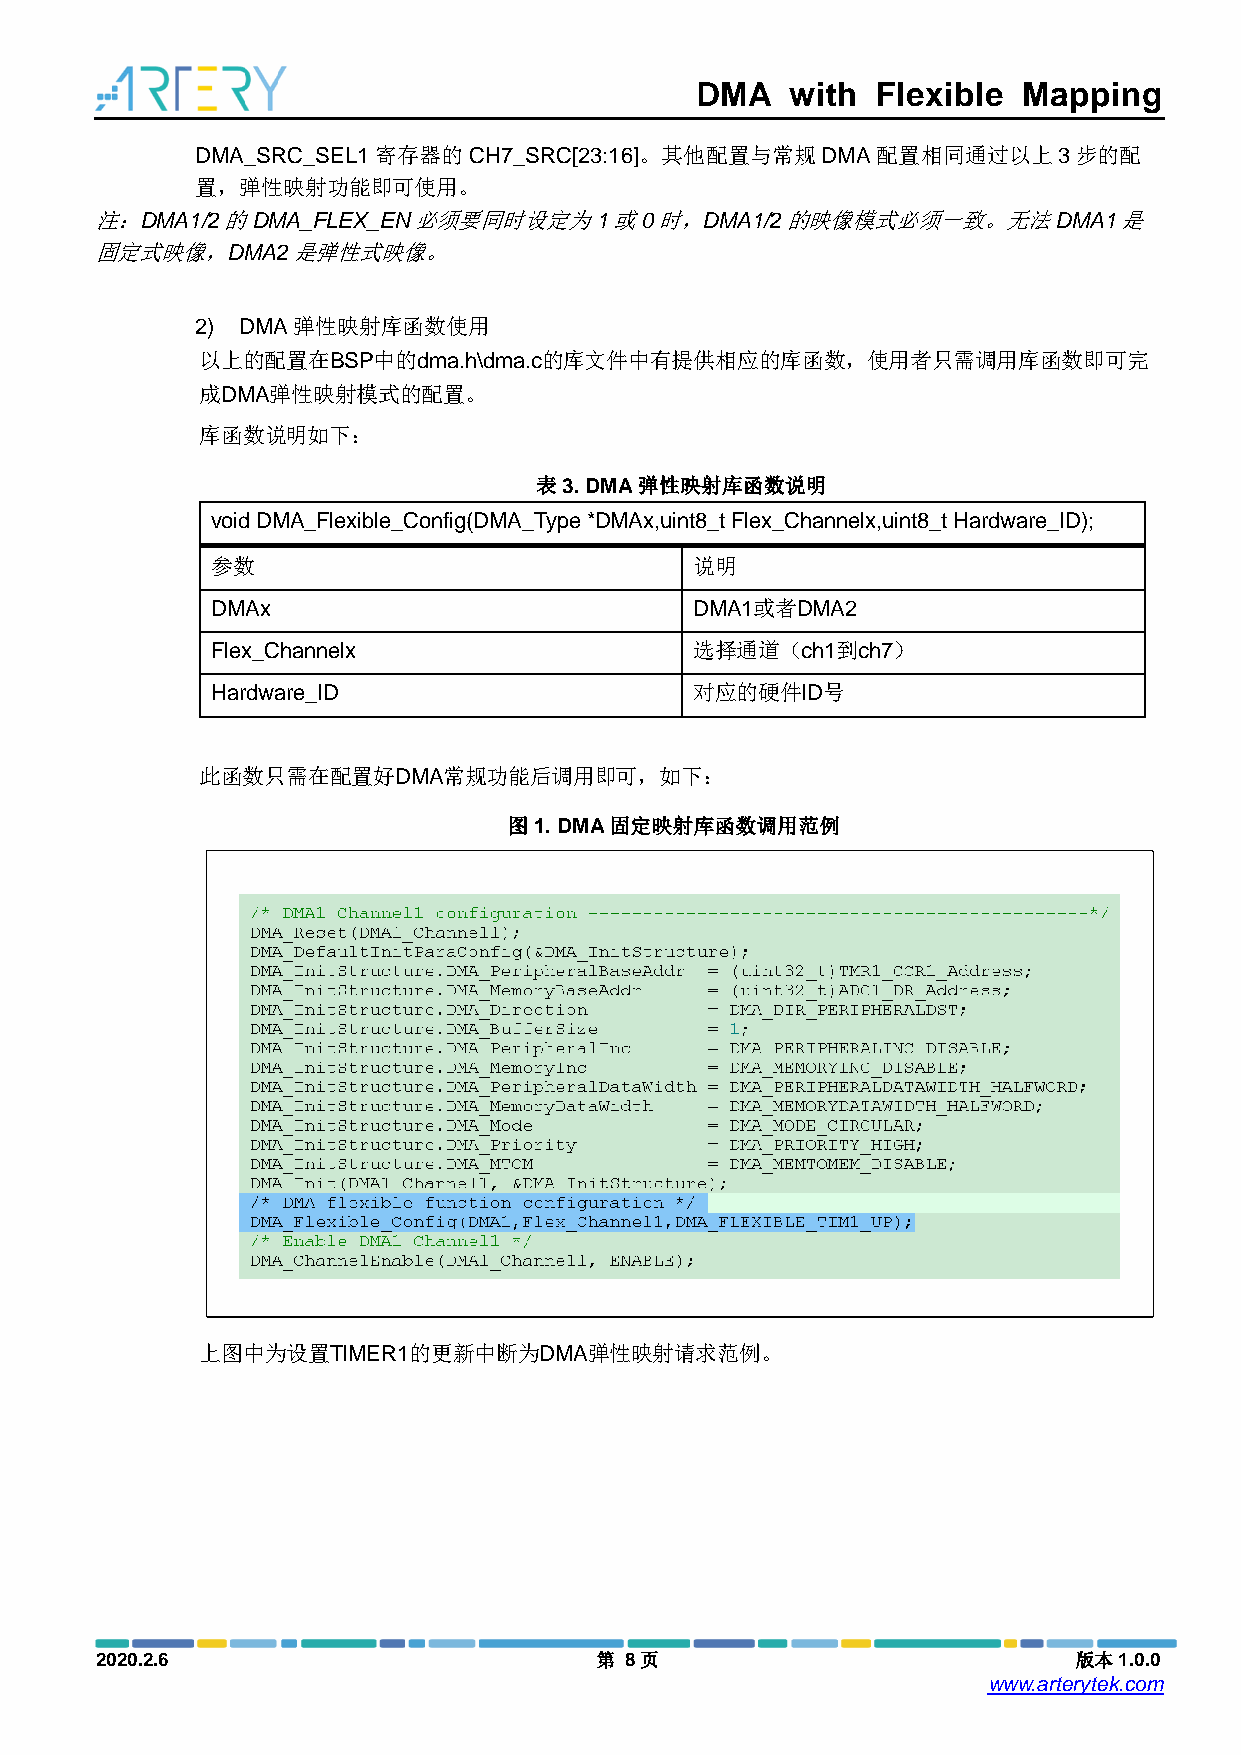
DMA   with  Flexible  Mapping
 DMA_SRC_SEL1寄存器的CH7_SRC[23:16]。其他配置与常规DMA配置相同通过以上3步的配
 置，弹性映射功能即可使用。
 注：DMA1/2的DMA_FLEX_EN必须要同时设定为1或0时，DMA1/2的映像模式必须一致。无法DMA1是
 固定式映像，DMA2是弹性式映像。
 2) DMA弹性映射库函数使用
 以上的配置在BSP中的dma.h\dma.c的库文件中有提供相应的库函数，使用者只需调用库函数即可完
 成DMA弹性映射模式的配置。
 库函数说明如下：
 表3. DMA弹性映射库函数说明
 void DMA_Flexible_Config(DMA_Type *DMAx,uint8_t Flex_Channelx,uint8_t Hardware_ID);
 参数                              说明
 DMAx                            DMA1或者DMA2
 Flex_Channelx                   选择通道（ch1到ch7）
 Hardware_ID                     对应的硬件ID号
 此函数只需在配置好DMA常规功能后调用即可，如下：
 图1. DMA固定映射库函数调用范例
 上图中为设置TIMER1的更新中断为DMA弹性映射请求范例。
 2020.2.6                         第 8页                            版本1.0.0
 www.arterytek.com